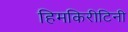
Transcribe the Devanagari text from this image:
हिमकिरीटिनी